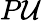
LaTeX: P\mathcal{U}